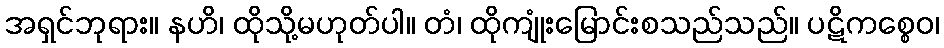
အရှင်ဘုရား။ နဟိ၊ ထိုသို့မဟုတ်ပါ။ တံ၊ ထိုကျုံးမြောင်းစသည်သည်။ ပဋိကစ္စေဝ၊